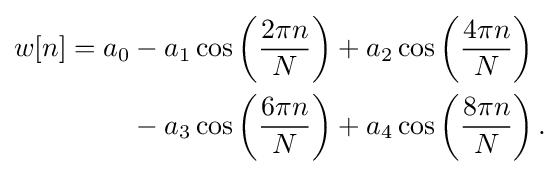
{\begin{aligned}w[n]=a_{0}&{}-a_{1}\cos \left({\frac {2\pi n}{N}}\right)+a_{2}\cos \left({\frac {4\pi n}{N}}\right)\\&{}-a_{3}\cos \left({\frac {6\pi n}{N}}\right)+a_{4}\cos \left({\frac {8\pi n}{N}}\right).\end{aligned}}